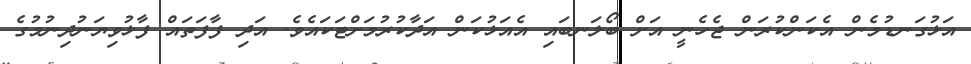
އަޅުގަނޑުމެން އެކަންކުރަން ޖެހެނީ އަށް ބޯލަނބައި އެއަޅުކަން އަދާކުރުމަށްޓަކައެވެ. އަދި ފާފަތައް ފާޅުވިޔަނުދިނުމުގެ